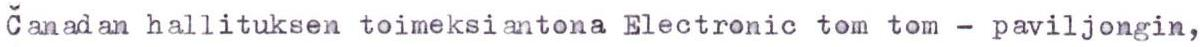
Canadan hallituksen toimeksiantona Electronic tom tom - paviljongin,